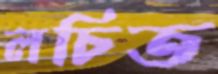
লচিত